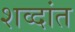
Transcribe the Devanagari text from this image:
शव्दांत